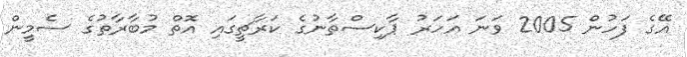
އޭގެ ފަހުން 2005 ވަނަ އަހަރު ޕާކިސްތާނުގެ ކަރާޗީގައި އޮތް މުބާރާތުގެ ސެމީން